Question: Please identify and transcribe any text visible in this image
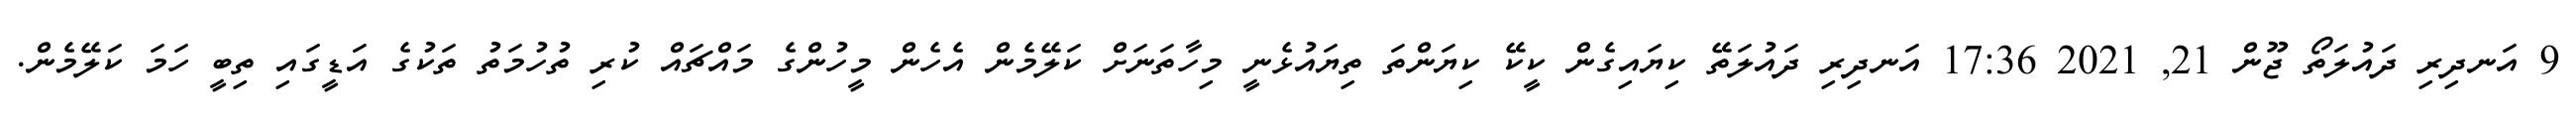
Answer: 9 އަނދިރި ދައުލަތޯ ޖޫން 21, 2021 17:36 އަނދިރި ދައުލަތޭ ކިޔައިގެން ކީކޭ ކިޔަންތަ ތިޔައުޅެނީ މިހާތަނަށް ކަލޭމެން އެހެން މީހުންގެ މައްޗައް ކުރި ތުހުމަތު ތަކުގެ އަޑީގައި ތިބީ ހަމަ ކަލޭމެން.